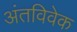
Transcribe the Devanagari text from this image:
अंतविवेक